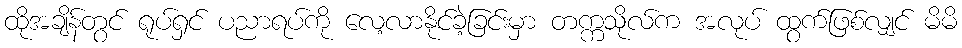
ထိုအချိန်တွင် ရုပ်ရှင် ပညာရပ်ကို လေ့လာနိုင်ခဲ့ခြင်းမှာ တက္ကသိုလ်က အလုပ် ထွက်ဖြစ်လျှင် မိမိ